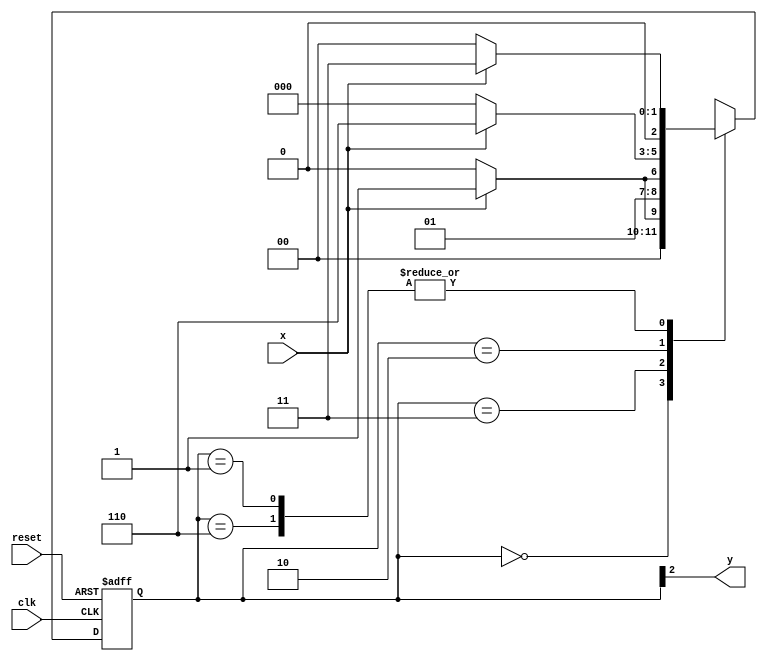
// -----------------------------------------
// - Guia 07 - Luis Vasconcelos Dias - 412753
// - Moore
// - Cincia da Computao - 2Peodo
// ----------------------------------------- 

// --------------
// --- Moore FSM
// --------------

// constant definition
   `define found 1
   `define notfound 0

// FSM by Moore
   module moore1101 ( y, x, clk, reset );
	output y;
	input x;
	input clk;
	input reset;
	reg y;

parameter // state identifiers

   start = 3'b000,
       id1 = 3'b001,
      id11 = 3'b011,
     id110 = 3'b010,
    id1101 = 3'b110; // signal found

   reg [2:0] E1; // current state variables
   reg [2:0] E2; // next state logic output

// next state logic

   always @( x or E1 )
      begin
        case( E1 )
      start:
	if ( x )
	     E2 = id1;
	else
	     E2 = start;
	     id1:
	if ( x )
	     E2 = id11;
	else
	     E2 = start;
	     id11:
	if ( x )
	     E2 = id11;
	else
	     E2 = id110;
	     id110:
	if ( x )
	     E2 = id1101;
	else
	     E2 = start;
	     id1101:
	     if ( x )
	     E2 = id11;
	else
	     E2 = start;
	
   default: // undefined statee

	     E2 = 3'bxxx;
   endcase

   end // always at signal or state changing

// state variables

   always @( posedge clk or negedge reset )
     begin
	if ( reset )
	     E1 = E2; // updates current state
	else
	     E1 = 0; // reset
	end // always at signal changing

// output logic

   always @( E1 )
     begin
	     y = E1[2]; // first bit of state value
   end // always at state changing

 endmodule // moore1101